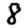
Digit: 8